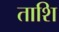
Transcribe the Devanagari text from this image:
ताशि